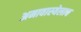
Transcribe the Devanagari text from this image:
अमावास्येलाच